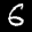
Label: 6